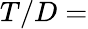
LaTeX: T/D=